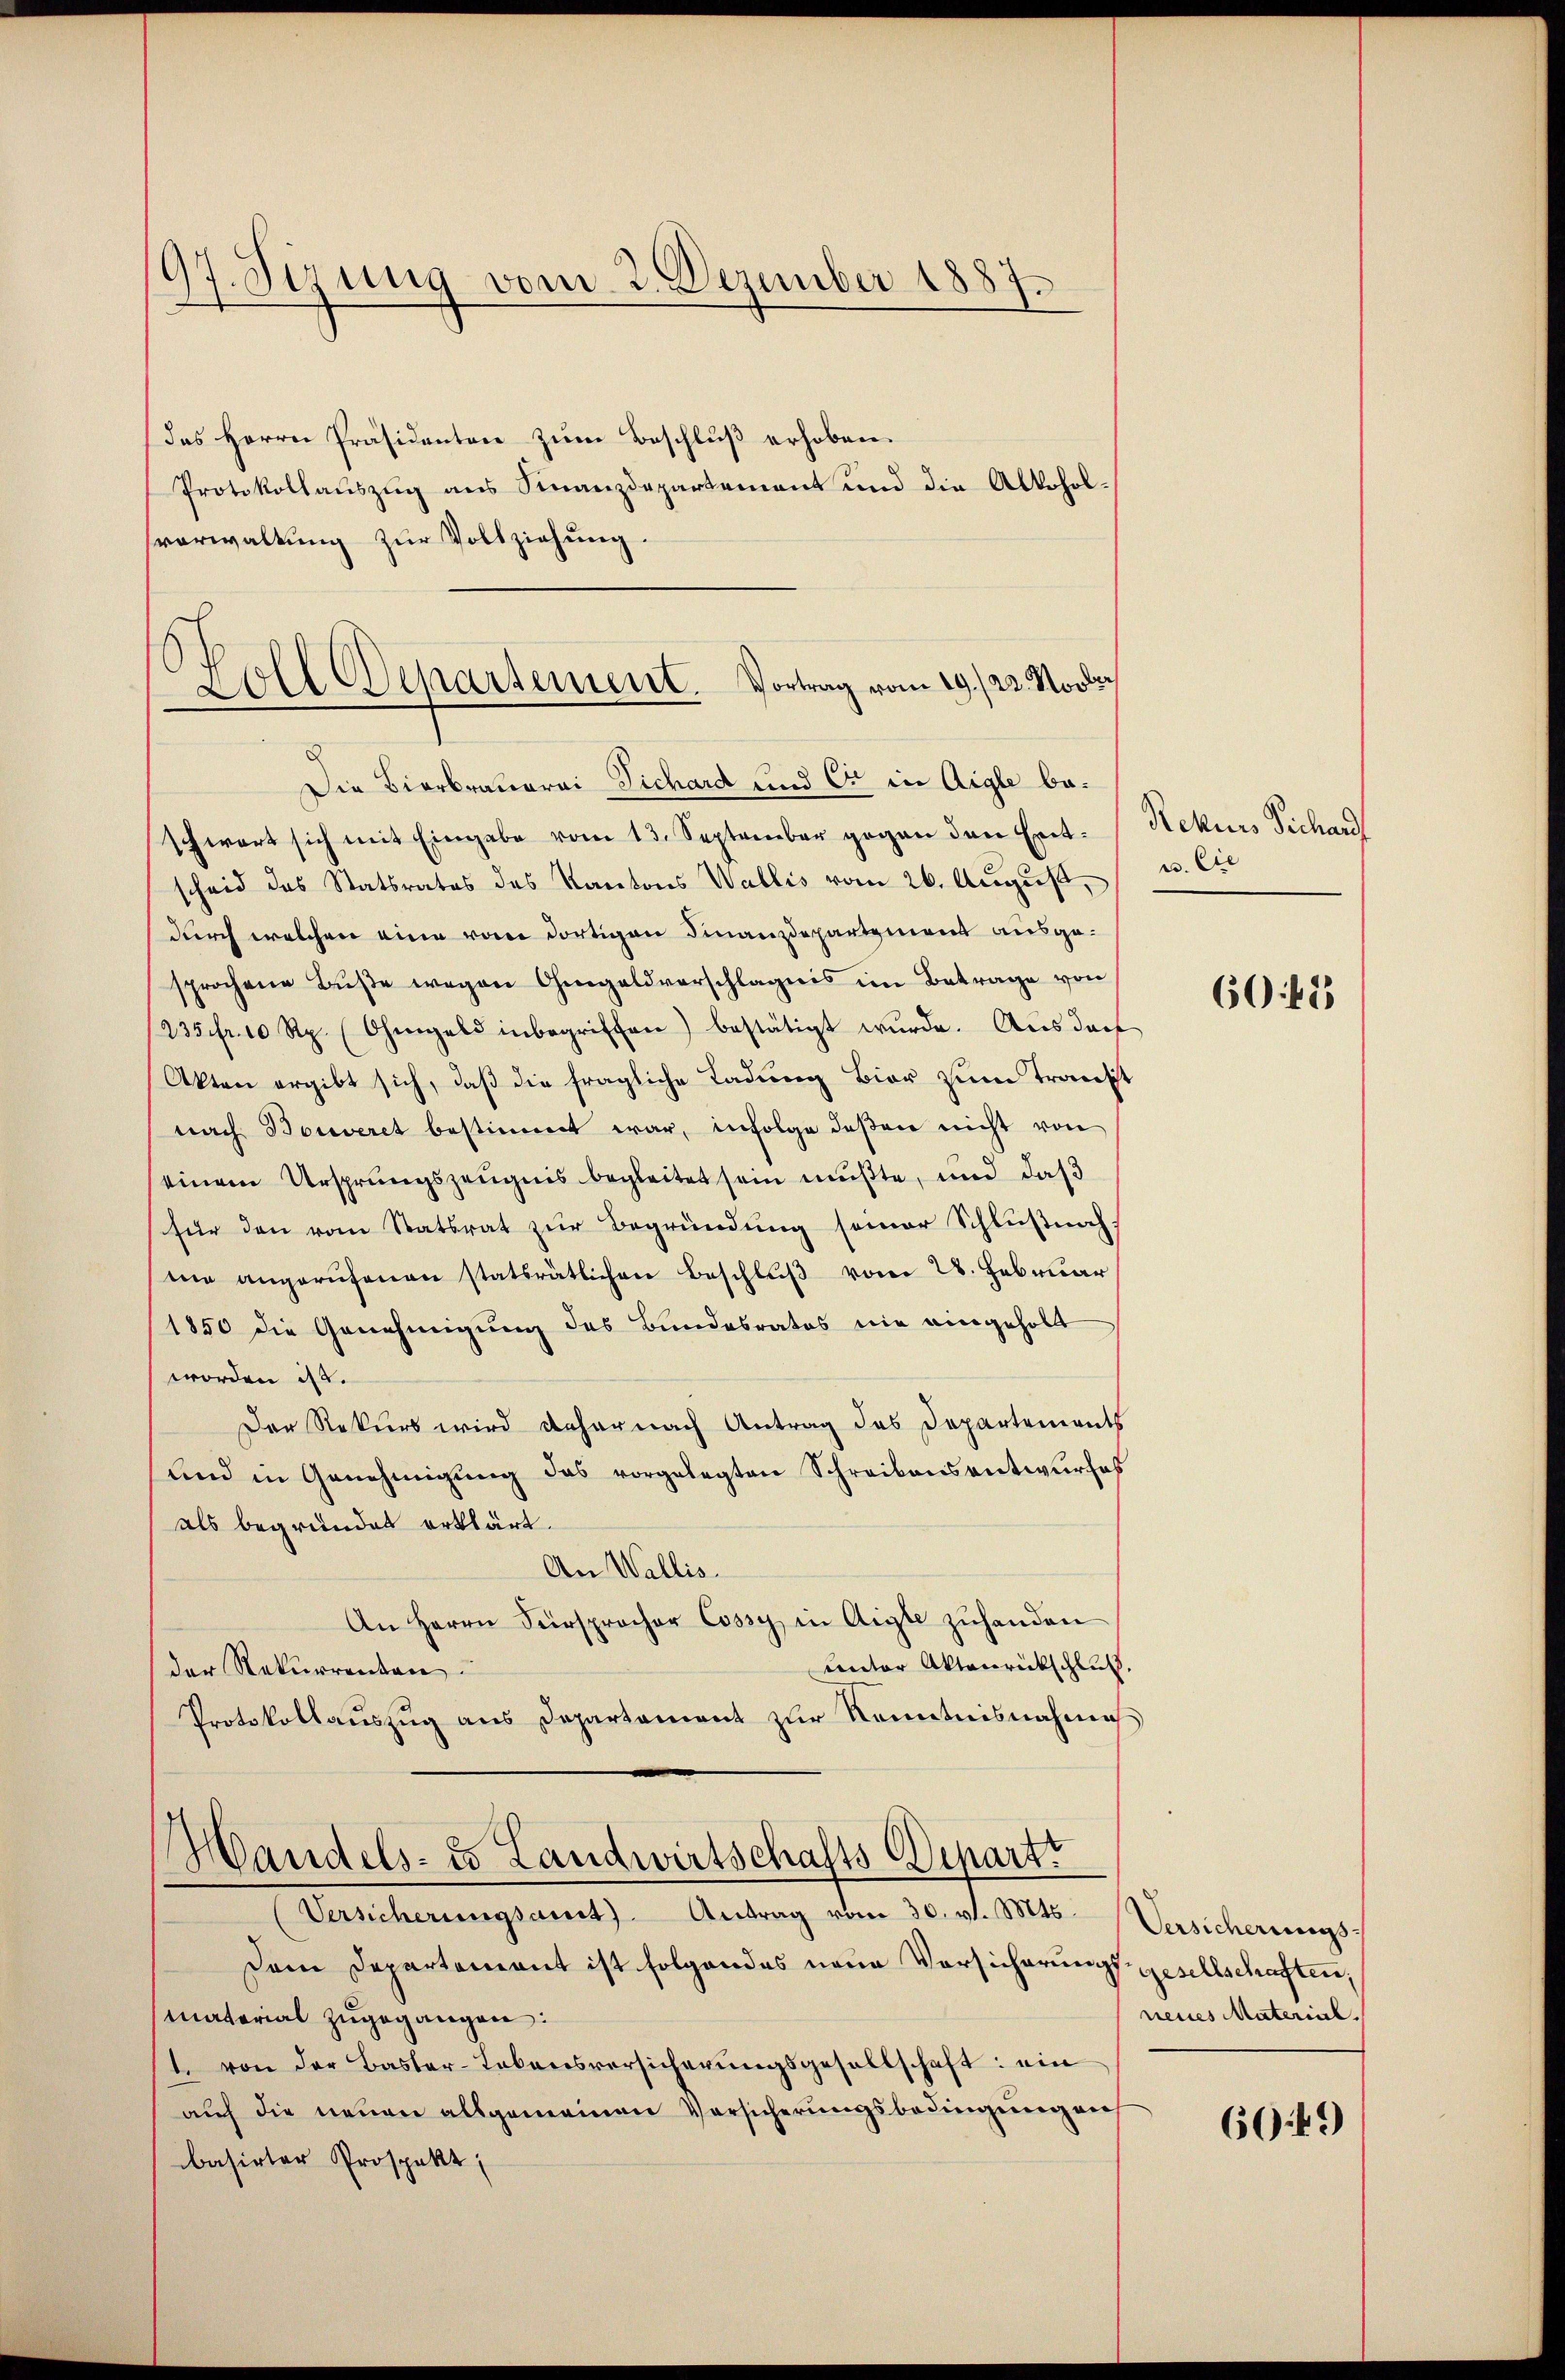
97. Sizung vom 2. Dezember 1887.

des Herrn Präsidenten zum Beschluß erhoben.
Protokollaŭszŭg ans Finanzdepartement und die Alkoholsverwaltung zur Vollziehung.

Zoll Departement. Vortrag vom 19./22. Nove

Die Bierbranorai Sichard und Er in Aigle beschwart sich mit Eingabe vom 13. September gegen den Entscheid des Statsrates des Kantons Wallis vom 26. August,
durch welchen eine von dortigen Finanzdepartement ausgesprochene Bŭβe wegen Ohmgeldverschlägnis im Betrage von
235 fr. 10 Rp. (Ohmgeld inbegriffen) bestätigt wŭrde. Aus darf
Akten ergibt sich, daß die fragliche Ladung Bier zum Transt
nach Bonveret bestimmt war, infolge deßen nicht von
einem Ursprungszeugnis begleitet sein mußte, und daß
für den vom Statsrat zur Begründung seiner Schlußnah
me angerŭfenen statsrätlichen Beschlŭβ vom 28. Februar
1850 die Genehmigung des Bundesrates nie eingeholt
worden ist.
Der Rekurs wird daher nach Antrag des Departements
und in Genehmigŭng das vorgelegten Schreibensentwurfes
als begründet erklärt.
An Wallis.
An Herrn Fürsprocher Cossy in Aigle zŭhanden
unter Aktenrückschluß.
der Rekurrenten.
Protokollaŭszŭg ans Departament zŭr Kenntnisnahme
Handels- u Landwirtschafts-Departe
Versicherungsamt Antrag vom 30. v. Mts. Versicherungs-
Dem Departement ist folgendes neue Vorsicherungsgesellschaften,
material zugegangen:
1. von der Basler-Lebensversicherŭngsgesellschaft: ein
auf die neuen allgemeinen Versicherungsbedingung auf
basirter Prospekt

Rekurs Pichau
e. Sie

60. 183

neues Material.

6049